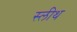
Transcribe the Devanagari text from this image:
स्लीथ